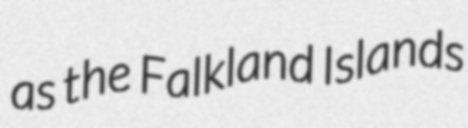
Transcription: as the Falkland Islands